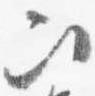
次